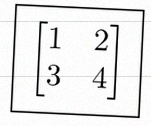
\begin{bmatrix}1&2\\3&4\end{bmatrix}